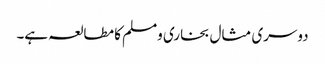
دوسری مثال بخاری ومسلم کا مطالعہ ہے۔